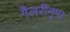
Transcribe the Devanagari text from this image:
गैलरीनुमा